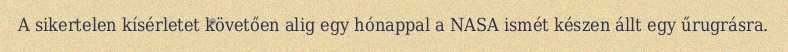
A sikertelen kísérletet követően alig egy hónappal a NASA ismét készen állt egy űrugrásra.